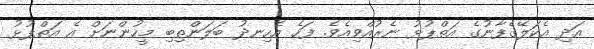
އަދި އެކަލޭގެފާނުގެ އަތްޕުޅު ނެރުއްވިއެވެ. ފަހެ އެހިނދު ބަލަންތިބި މީހުންނަށް އެ އަތްޕުޅު